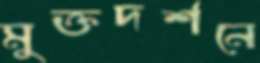
মুক্তদর্শনে